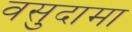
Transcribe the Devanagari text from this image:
वसुदामा